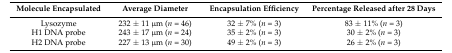
| Molecule Encapsulated | Average Diameter | Encapsulation Efficiency | Percentage Released after 28 Days |
 | --- | --- | --- | --- |
 | Lysozyme | 232 ± 11 μm (n = 46) | 32 ± 7% (n = 3) | 83 ± 11% (n = 3) |
 | H1 DNA probe | 243 ± 17 μm (n = 24) | 35 ± 2% (n = 3) | 30 ± 2% (n = 3) |
 | H2 DNA probe | 227 ± 13 μm (n = 30) | 49 ± 2% (n = 3) | 26 ± 2% (n = 3) |